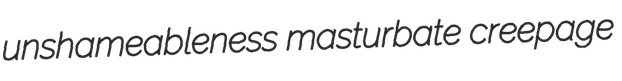
unshameableness masturbate creepage